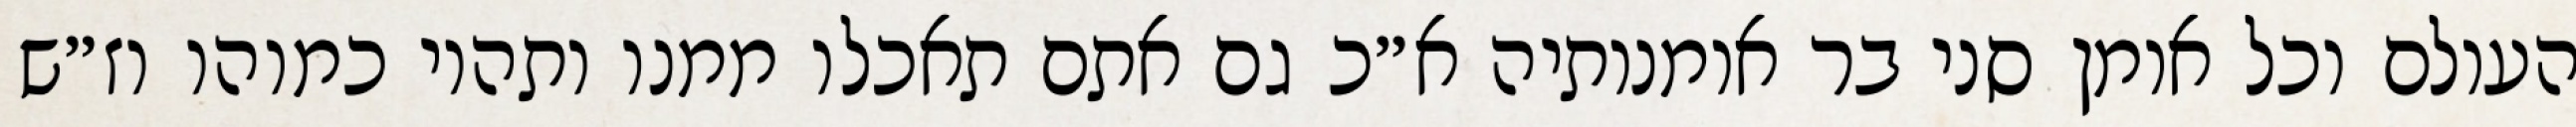
העולם וכל אומן סני בר אומנותיה א״כ גם אתם תאכלו ממנו ותהיו כמוהו וז״ש